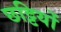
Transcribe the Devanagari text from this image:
छट्टियों